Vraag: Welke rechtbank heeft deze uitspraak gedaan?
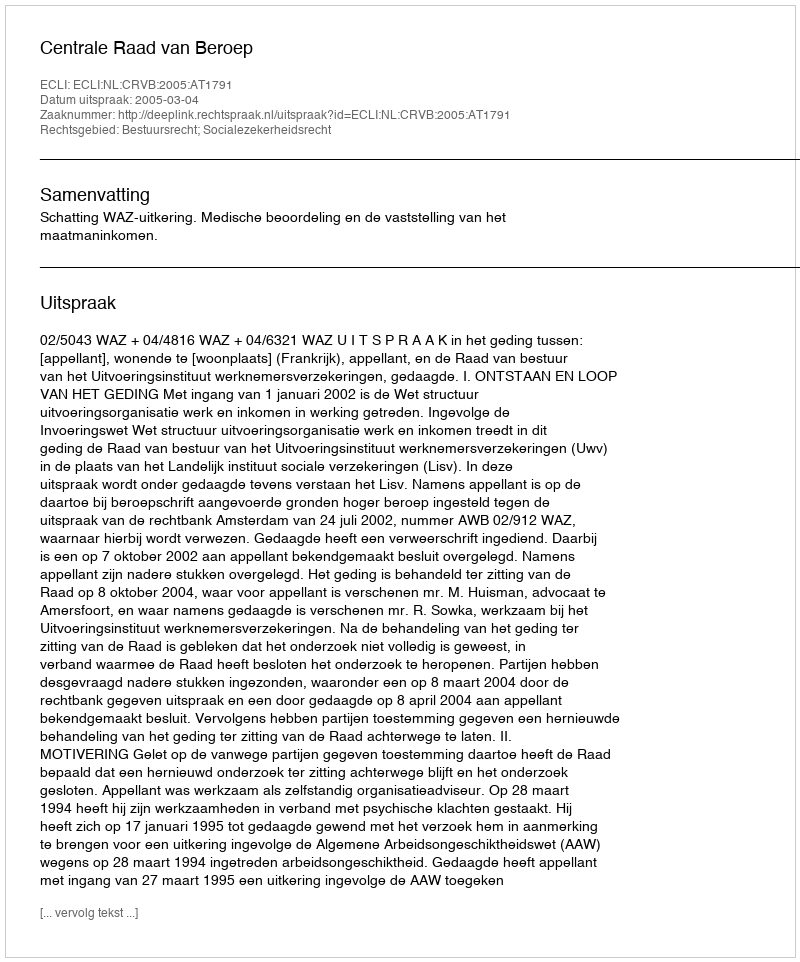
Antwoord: Centrale Raad van Beroep